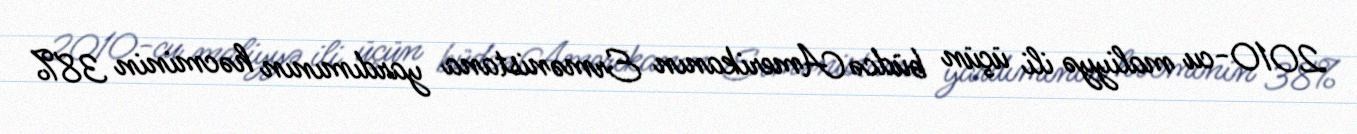
2010-cu maliyyə ili üçün büdcə Amerikanın Ermənistana yardımının həcminin 38%